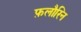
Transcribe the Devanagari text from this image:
फ़लौरिन